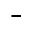
^ { - }